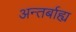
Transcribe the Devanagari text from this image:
अन्तर्बाह्य